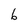
Character: 6